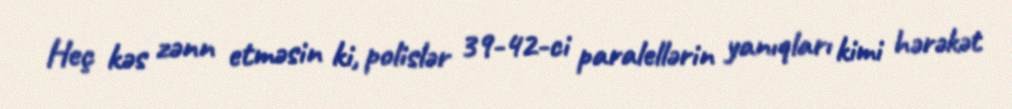
Heç kəs zənn etməsin ki, polislər 39-42-ci paralellərin yanıqları kimi hərəkət